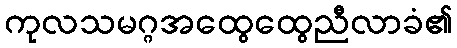
ကုလသမဂ္ဂအထွေထွေညီလာခံ၏